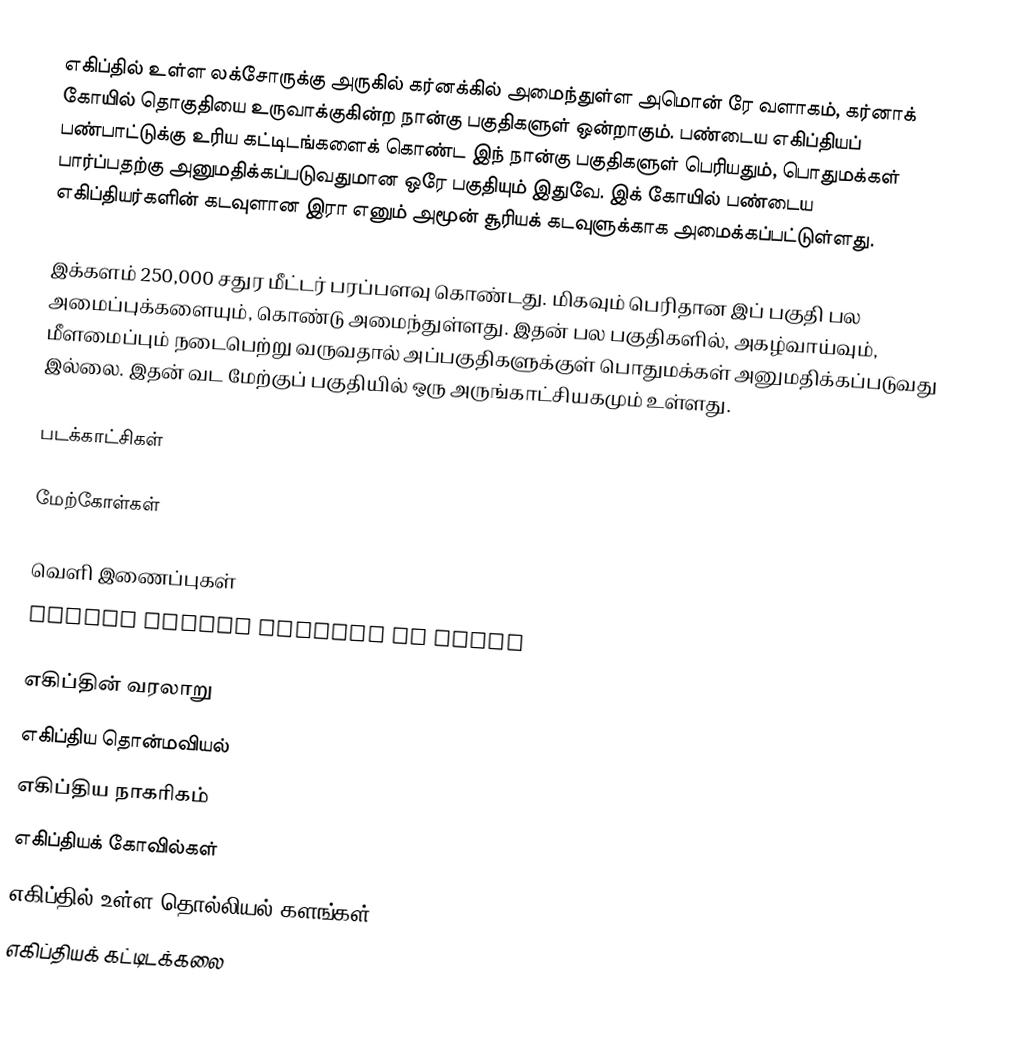
எகிப்தில் உள்ள லக்சோருக்கு அருகில் கர்னக்கில் அமைந்துள்ள அமொன் ரே வளாகம், கர்னாக் கோயில் தொகுதியை உருவாக்குகின்ற நான்கு பகுதிகளுள் ஒன்றாகும். பண்டைய எகிப்தியப் பண்பாட்டுக்கு உரிய கட்டிடங்களைக் கொண்ட இந் நான்கு பகுதிகளுள் பெரியதும், பொதுமக்கள் பார்ப்பதற்கு அனுமதிக்கப்படுவதுமான ஒரே பகுதியும் இதுவே. இக் கோயில் பண்டைய எகிப்தியர்களின் கடவுளான இரா எனும் அமூன் சூரியக் கடவுளுக்காக அமைக்கப்பட்டுள்ளது.

இக்களம் 250,000 சதுர மீட்டர் பரப்பளவு கொண்டது. மிகவும் பெரிதான இப் பகுதி பல அமைப்புக்களையும், கொண்டு அமைந்துள்ளது. இதன் பல பகுதிகளில், அகழ்வாய்வும், மீளமைப்பும் நடைபெற்று வருவதால் அப்பகுதிகளுக்குள் பொதுமக்கள் அனுமதிக்கப்படுவது இல்லை. இதன் வட மேற்குப் பகுதியில் ஒரு அருங்காட்சியகமும் உள்ளது.

படக்காட்சிகள்

மேற்கோள்கள்

வெளி இணைப்புகள்
  Karnak temple complex at Luxor

எகிப்தின் வரலாறு
எகிப்திய தொன்மவியல்
எகிப்திய நாகரிகம்
எகிப்தியக் கோவில்கள்
எகிப்தில் உள்ள தொல்லியல் களங்கள்
எகிப்தியக் கட்டிடக்கலை